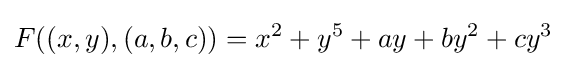
F((x,y),(a,b,c))=x^{2}+y^{5}+ay+by^{2}+cy^{3}